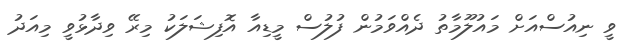
ވީ ނިއުސްއަށް މައުލޫމާތު ދެއްވަމުން ފުލުސް މީޑިއާ އޮފިޝަލަކު މިރޭ ވިދާޅުވީ މިއަދު